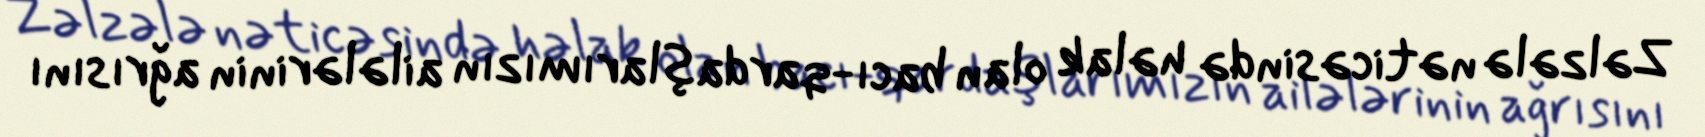
Zəlzələ nəticəsində həlak olan bacı-qardaşlarımızın ailələrinin ağrısını